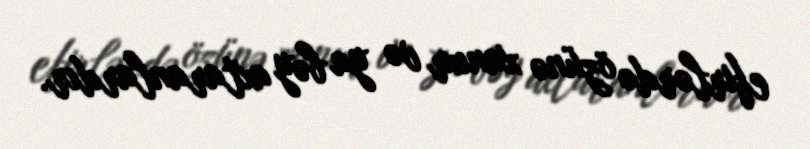
efirlərdə özünə xanım və ya bəy axtaranlardır.